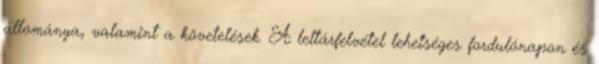
állománya, valamint a követelések. A leltárfelvétel lehetséges fordulónapon és